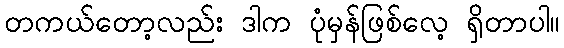
တကယ်တော့လည်း ဒါက ပုံမှန်ဖြစ်လေ့ ရှိတာပါ။